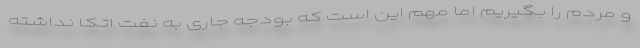
و مردم را بگیریم اما مهم این است که بودجه جاری به نفت اتکا نداشته